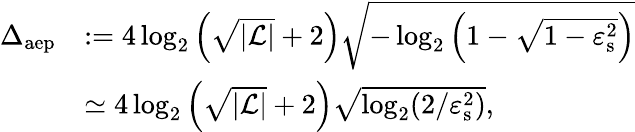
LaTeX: \begin{array}{rl}{\Delta_{\mathrm{aep}}}&{:=4\log_{2}\left(\sqrt{|\mathcal{L}|}+2\right)\sqrt{-\log_{2}\left(1-\sqrt{1-\varepsilon_{\mathrm{s}}^{2}}\right)}}\\ &{\simeq 4\log_{2}\left(\sqrt{|\mathcal{L}|}+2\right)\sqrt{\log_{2}(2/\varepsilon_{\mathrm{s}}^{2})},}\end{array}